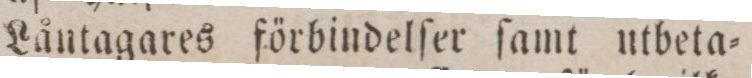
Låntagares förbindelſer ſamt utbeta=